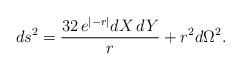
LaTeX: \begin{align*}ds^2 = {32\, e^{\vert -r \vert} dX\, dY \over r} + r^2 d\Omega^2 .\end{align*}